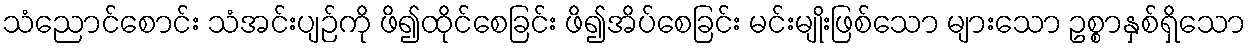
သံညောင်စောင်း သံအင်းပျဉ်ကို ဖိ၍ထိုင်စေခြင်း ဖိ၍အိပ်စေခြင်း မင်းမျိုးဖြစ်သော များသော ဥစ္စာနှစ်ရှိသော